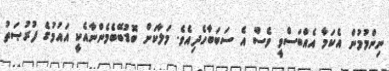
ނިންމުމުން އެކަމާ އެއްބަސްވީ ވެސް އެ ސަބަބާހެދިއެވެ. މަލާކަށް ބޮޑުބޭބެމެންނާއެކީ އައުމުގެ ފުރުޞަތު